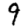
Digit: 9